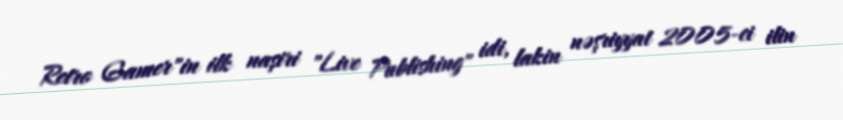
Retro Gamer"in ilk naşiri "Live Publishing" idi, lakin nəşriyyat 2005-ci ilin